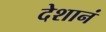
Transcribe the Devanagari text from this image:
देशानं